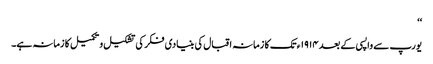
‘‘
یورپ سے واپسی کے بعد ١٩١۴ء تک کا زمانہ اقبال کی بنیادی فکر کی تشکیل و تکمیل کا زمانہ ہے۔